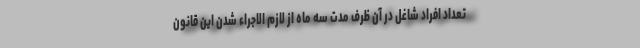
تعداد افراد شاغل در آن ظرف مدت سه ماه از لازم الاجراء شدن این قانون